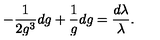
- \frac { 1 } { 2 g ^ { 3 } } d g + \frac { 1 } { g } d g = \frac { d \lambda } { \lambda } .